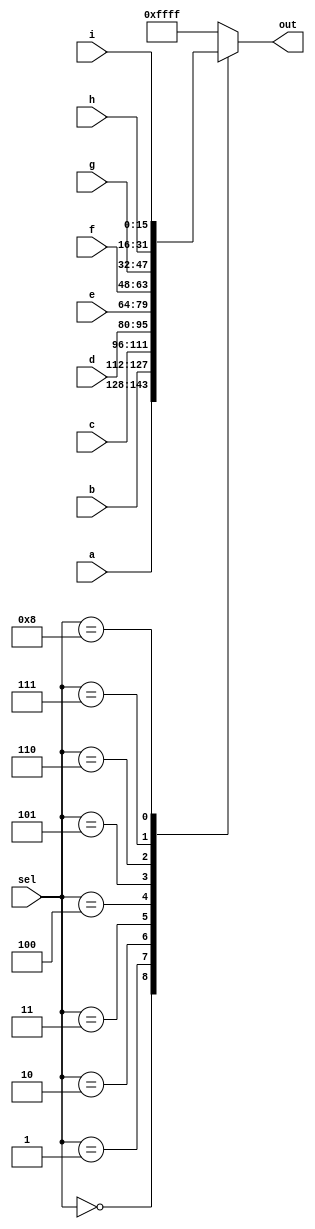
module top_module( 
    input [15:0] a, b, c, d, e, f, g, h, i,
    input [3:0] sel,
    output [15:0] out );

    // case语句实现数据选择器
    always @(*) begin
        case (sel)
            4'h0 : out = a;
            4'h1 : out = b;
            4'h2 : out = c;
            4'h3 : out = d;
            4'h4 : out = e;
            4'h5 : out = f;
            4'h6 : out = g;
            4'h7 : out = h;
            4'h8 : out = i;
            default: out = 16'hffff;
        endcase
    end

    // 可以用 '1 实现对所有位赋值
endmodule